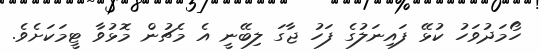
ހޯމަދުވަހު ކުޅޭ ފައިނަލުގެ ފަހު ޖާގަ ލިބޭނީ އެ މެޗުން މޮޅުވާ ޓީމަކަށެވެ.